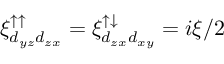
\xi _ { d _ { y z } d _ { z x } } ^ { \uparrow \uparrow } = \xi _ { d _ { z x } d _ { x y } } ^ { \uparrow \downarrow } = i \xi / 2